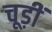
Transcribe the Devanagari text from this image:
चूड़ीं